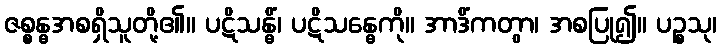
ဇစ္စန္ဓအစရှိသူတို့၏။ ပဋိသန္ဓိံ၊ ပဋိသန္ဓေကို။ အာဒိံကတွာ၊ အစပြု၍။ ပဉ္စသု၊